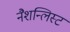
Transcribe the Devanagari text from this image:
नैशन्लिस्ट